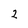
Character: 2